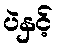
ပဲနှင့်